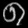
Digit: ၈